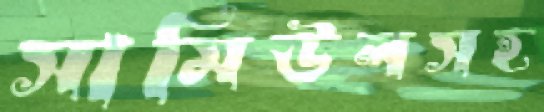
সামিউলসহ